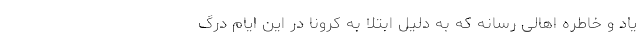
یاد و خاطره اهالی رسانه که به دلیل ابتلا به کرونا در این ایام درگ